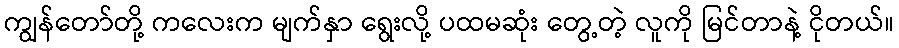
ကျွန်တော်တို့ ကလေးက မျက်နှာ ရွေးလို့ ပထမဆုံး တွေ့တဲ့ လူကို မြင်တာနဲ့ ငိုတယ်။